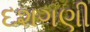
દશગણી